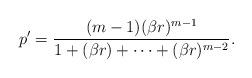
LaTeX: \begin{align*}p' = \frac{(m - 1)(\beta r)^{m - 1}}{1 + (\beta r) + \cdots + (\beta r)^{m-2}}. \end{align*}